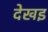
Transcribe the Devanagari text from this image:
देखइ